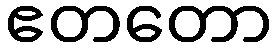
ဧတတော